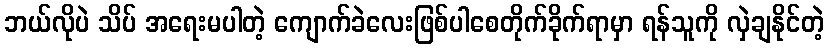
ဘယ်လိုပဲ သိပ် အရေးမပါတဲ့ ကျောက်ခဲလေးဖြစ်ပါစေတိုက်ခိုက်ရာမှာ ရန်သူကို လှဲချနိုင်တဲ့